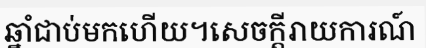
ឆ្នាំជាប់មកហើយ។សេចក្តីរាយការណ៍